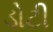
ડોટી